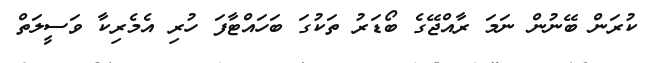
ކުރަން ބޭނުން ނަމަ ރާއްޖޭގެ ބޯޑަރު ތަކުގަ ބަހައްޓާފަ ހުރި އެމެރިކާ ވަސީލަތް